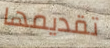
تقديمها